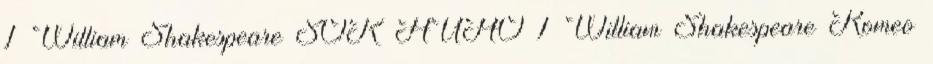
1 William Shakespeare SOK HŰHÓ 1 William Shakespeare Romeo